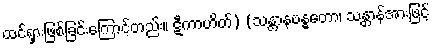
ထင်ရှားဖြစ်ခြင်းကြောင့်တည်း။ ဋီကာဟိတ်) (သန္တာနဗန္ဓတော၊ သန္တာန်အားဖြင့်